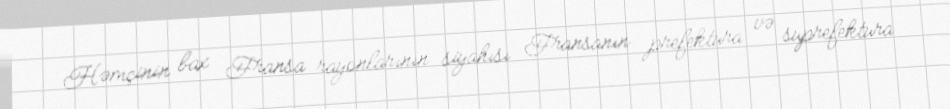
Həmçinin bax Fransa rayonlarının siyahısı Fransanın prefektura və suprefektura